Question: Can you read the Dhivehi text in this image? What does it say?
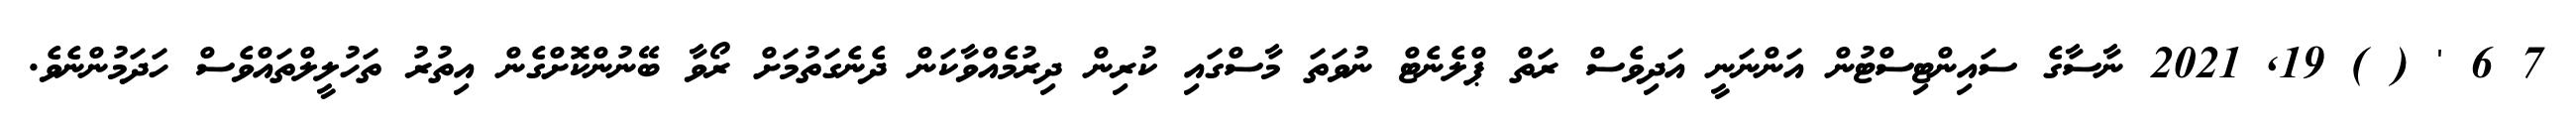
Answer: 7 6 ' ( ) 19, 2021 ނާސާގެ ސައިންޓިސްޓުން އަންނަނީ އަދިވެސް ރަތް ޕްލެނެޓް ނުވަތަ މާސްގައި ކުރިން ދިރުމެއްވާކަން ދެނެގަތުމަށް ރޯވާ ބޭނުންކޮށްގެން އިތުރު ތަހުލީލްތައްވެސް ހަދަމުންނެވެ.